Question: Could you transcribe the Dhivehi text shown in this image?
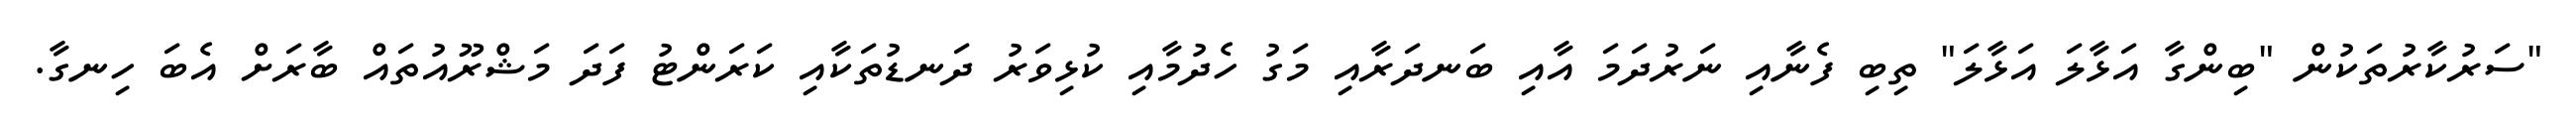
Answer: "ސަރުކާރުތަކުން "ބިންގާ އަޅާލަ އަޅާލަ" ތިބި ފެނާއި ނަރުދަމަ އާއި ބަނދަރާއި މަގު ހެދުމާއި ކުޅިވަރު ދަނޑުތަކާއި ކަރަންޓު ފަދަ މަޝްރޫއުތައް ބާރަށް އެބަ ހިނގާ.